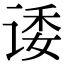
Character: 诿